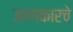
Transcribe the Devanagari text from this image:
जाणकारचे